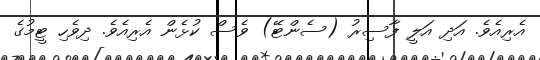
އެރިއެވެ. އަދި އަލީ ފާސިރު (ސެންޓޭ) ވެސް ކުޅެން އެރިއެވެ. ދިވެހި ޓީމުގެ